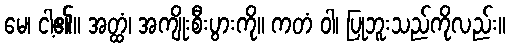
မေ၊ ငါ့၏။ အတ္ထံ၊ အကျိုးစီးပွားကို။ ကတံ ဝါ၊ ပြုဘူးသည်ကိုလည်း။